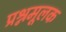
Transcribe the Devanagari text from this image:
प्रश्नमूलक